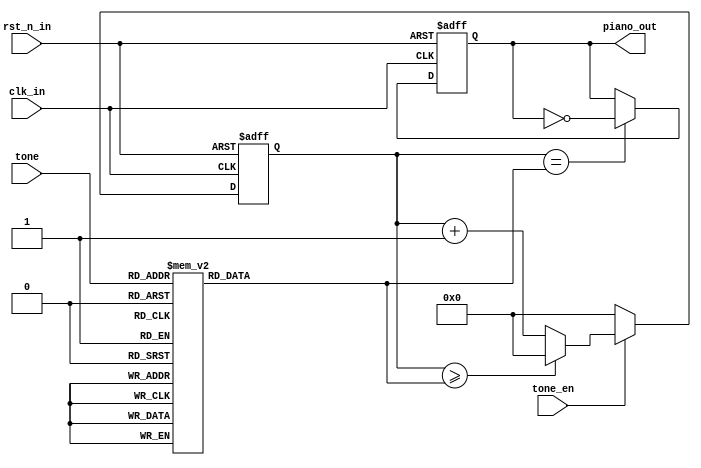
// --------------------------------------------------------------------
// >>>>>>>>>>>>>>>>>>>>>>>>> COPYRIGHT NOTICE <<<<<<<<<<<<<<<<<<<<<<<<<
// --------------------------------------------------------------------
// Module: Beeper
// 
// 
// Description: Beeper
// 
// Web: www.stepfapga.com
// 
// --------------------------------------------------------------------
// Code Revision History :
// --------------------------------------------------------------------
// Version: |Mod. Date:   |Changes Made:
// V1.0     |2016/04/20   |Initial ver
// --------------------------------------------------------------------
module Beeper
(
input					clk_in,		//
input					rst_n_in,	//
input					tone_en,	//
input			[4:0]	tone,		//
output	reg				piano_out	//
);
/*



*/
reg [15:0] time_end;
//
//1261.6Hz12MHz/261.6Hz = 45871.5
// = 45871.5/2 = 22936
//229360 ~ (22936-1)time_end = 22935
always@(tone) begin
	case(tone)
		//5'd0:	time_end =  16'd0;
		5'd1:	time_end =	16'd22935;	//L1,
		5'd2:	time_end =	16'd20428;	//L2,
		5'd3:	time_end =	16'd18203;	//L3,
		5'd4:	time_end =	16'd17181;	//L4,
		5'd5:	time_end =	16'd15305;	//L5,
		5'd6:	time_end =	16'd13635;	//L6,
		5'd7:	time_end =	16'd12147;	//L7,
		5'd8:	time_end =	16'd11464;	//M1,
		5'd9:	time_end =	16'd10215;	//M2,
		5'd10:	time_end =	16'd9100;	//M3,
		5'd11:	time_end =	16'd8589;	//M4,
		5'd12:	time_end =	16'd7652;	//M5,
		5'd13:	time_end =	16'd6817;	//M6,
		5'd14:	time_end =	16'd6073;	//M7,
		5'd15:	time_end =	16'd5740;	//H1,
		5'd16:	time_end =	16'd5107;	//H2,
		5'd17:	time_end =	16'd4549;	//H3,
		5'd18:	time_end =	16'd4294;	//H4,
		5'd19:	time_end =	16'd3825;	//H5,
		5'd20:	time_end =	16'd3408;	//H6,
		5'd21:	time_end =	16'd3036;	//H7,
		default:time_end =	16'd65535;	
	endcase
end
 
reg [17:0] time_cnt;
//
always@(posedge clk_in or negedge rst_n_in) begin
	if(!rst_n_in) begin
		time_cnt <= 1'b0;
	end else if(!tone_en) begin
		time_cnt <= 1'b0;
	end else if(time_cnt>=time_end) begin
		time_cnt <= 1'b0;
	end else begin
		time_cnt <= time_cnt + 1'b1;
	end
end
 
//
always@(posedge clk_in or negedge rst_n_in) begin
	if(!rst_n_in) begin
		piano_out <= 1'b0;
	end else if(time_cnt==time_end) begin
		piano_out <= ~piano_out;	//1Hz
	end else begin
		piano_out <= piano_out;
	end
end
 
endmodule